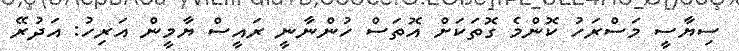
ސިޔާސީ މަސްރަހު ކޮންމެ ގޮތަކަށް އޮތަސް ހުންނާނީ ރައީސް ޔާމީން އަރިހު: އަދުރޭ